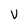
Character: V